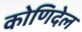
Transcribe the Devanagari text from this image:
कोणिदेल